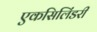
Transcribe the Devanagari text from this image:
एकसिलिंडरी